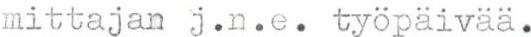
mittajan j.n.e. työpäivää.